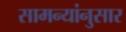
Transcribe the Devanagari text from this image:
सामन्यांनुसार